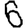
Digit: 6